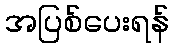
အပြစ်ပေးရန်